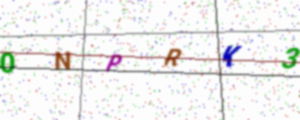
Text: 0NPRK3